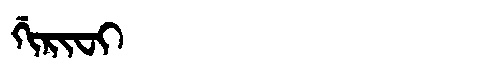
Manchu: ᡤᡳᡵᡳᠸᡳ
Romanization: GIRIFI